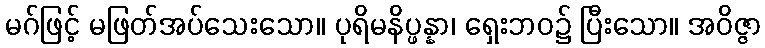
မဂ်ဖြင့် မဖြတ်အပ်သေးသော။ ပုရိမနိပ္ဖန္နာ၊ ရှေးဘဝ၌ ပြီးသော။ အဝိဇ္ဇာ